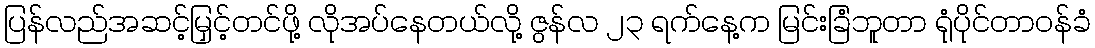
ပြန်လည်အဆင့်မြှင့်တင်ဖို့ လိုအပ်နေတယ်လို့ ဇွန်လ ၂၃ ရက်နေ့က မြင်းခြံဘူတာ ရုံပိုင်တာဝန်ခံ